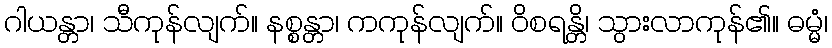
ဂါယန္တာ၊ သီကုန်လျက်။ နစ္စန္တာ၊ ကကုန်လျက်။ ဝိစရန္တိ၊ သွားလာကုန်၏။ ဓမ္မံ၊